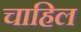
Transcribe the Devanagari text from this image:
चाहिल